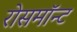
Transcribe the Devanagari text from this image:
रोसमॉन्ट